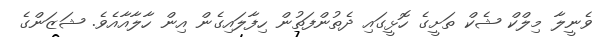
ވެނީލާ މިލްކް ޝެކް ތަށީގެ ހޮޅީގައި ދެތުންފަތުން ހިފާލައިގެން އިން ހާލާއާއެވެ. ޝަޒަންގެ